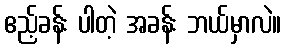
ဧည့်ခန်း ပါတဲ့ အခန်း ဘယ်မှာလဲ။